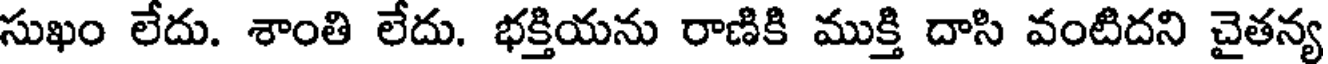
సుఖం లేదు. శాంతి లేదు. భక్తియను రాణికి ముక్తి దాసి వంటిదని చైతన్య